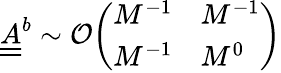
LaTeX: \underline{{\underline{{A}}}}^{b}\sim\mathcal{O}\begin{array}{l}{\left(\begin{array}{ll}{M^{-1}}&{M^{-1}}\\ {M^{-1}}&{M^{0}}\end{array}\right)}\end{array}